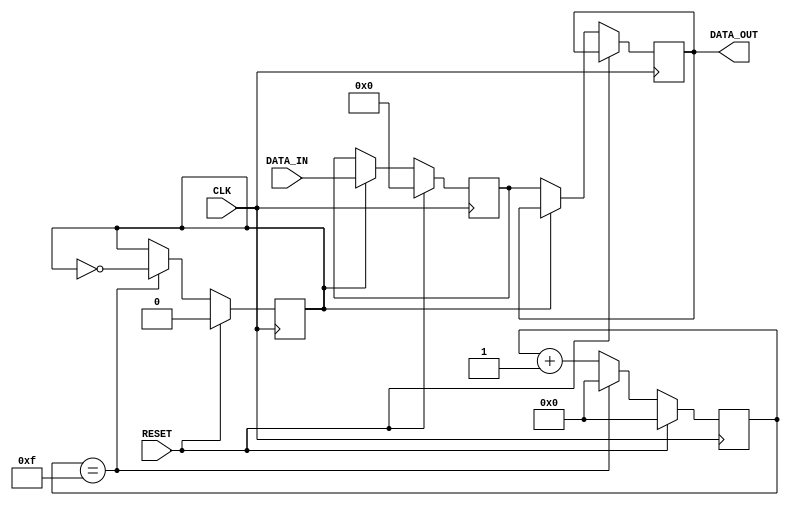
module EthernetController(
    input wire CLK,
    input wire RESET,
    input wire [7:0] DATA_IN,
    output reg [7:0] DATA_OUT
);

// Timing control unit
reg [3:0] counter;
reg isTransmitting;

always @(posedge CLK) begin
    if (RESET) begin
        counter <= 4'b0000;
        isTransmitting <= 1'b0;
    end else begin
        if (counter == 4'b1111) begin
            counter <= 4'b0000;
            isTransmitting <= ~isTransmitting;
        end else begin
            counter <= counter + 1;
        end
    end
end

// Synchronization block
reg [7:0] buffer;

always @(posedge CLK) begin
    if (RESET) begin
        buffer <= 8'h00;
    end else begin
        if (isTransmitting) begin
            buffer <= DATA_IN;
        end else begin
            DATA_OUT <= buffer;
        end
    end
end

endmodule